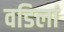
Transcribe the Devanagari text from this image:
वडिलां